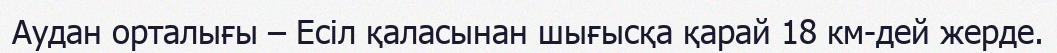
Аудан орталығы – Есіл қаласынан шығысқа қарай 18 км-дей жерде.